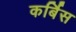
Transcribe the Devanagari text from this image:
कर्बिस